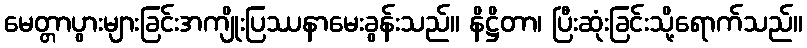
မေတ္တာပွားများခြင်းအကျိုးပြဿနာမေးခွန်းသည်။ နိဋ္ဌိတာ၊ ပြီးဆုံးခြင်းသို့ရောက်သည်။